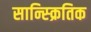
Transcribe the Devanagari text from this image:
सान्स्क्रितिक